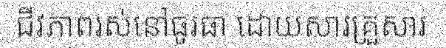
ជីវភាពរស់នៅធូរធា ដោយសារគ្រួសារ